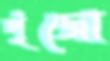
পুঁজো